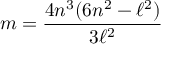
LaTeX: m = \frac { 4 n ^ { 3 } ( 6 n ^ { 2 } - \ell ^ { 2 } ) } { 3 \ell ^ { 2 } }